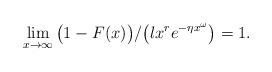
LaTeX: \begin{align*} \lim_{x \to \infty}{\bigr(1 - F(x)\bigr)/\bigr(l x^r e^{-\eta x^{\omega}}\bigr)} = 1. \end{align*}